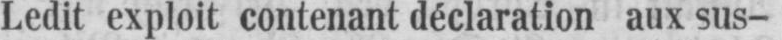
Ledit exploit contenant déclaration aux sus-